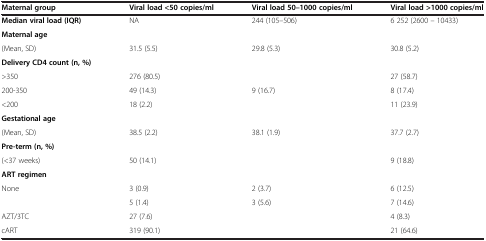
<table><thead><tr><td><b>Maternal group</b></td><td><b>Viral load &lt;50 copies/ml</b></td><td><b>Viral load 50–1000 copies/ml</b></td><td><b>Viral load &gt;1000 copies/ml</b></td></tr></thead><tbody><tr><td><b>Median viral load </b><b>(IQR)</b></td><td>NA</td><td>244 (105–506)</td><td>6 252 (2600 – 10433)</td></tr><tr><td><b>Maternal age</b></td><td>[EMPTY_CELL]</td><td>[EMPTY_CELL]</td><td>[EMPTY_CELL]</td></tr><tr><td>(Mean, SD)</td><td>31.5 (5.5)</td><td>29.8 (5.3)</td><td>30.8 (5.2)</td></tr><tr><td><b>Delivery CD4 count (n, %)</b></td><td>[EMPTY_CELL]</td><td>[EMPTY_CELL]</td><td>[EMPTY_CELL]</td></tr><tr><td>&gt;350</td><td>276 (80.5)</td><td>[EMPTY_CELL]</td><td>27 (58.7)</td></tr><tr><td>200-350</td><td>49 (14.3)</td><td>9 (16.7)</td><td>8 (17.4)</td></tr><tr><td>&lt;200</td><td>18 (2.2)</td><td>[EMPTY_CELL]</td><td>11 (23.9)</td></tr><tr><td><b>Gestational age</b></td><td>[EMPTY_CELL]</td><td>[EMPTY_CELL]</td><td>[EMPTY_CELL]</td></tr><tr><td>(Mean, SD)</td><td>38.5 (2.2)</td><td>38.1 (1.9)</td><td>37.7 (2.7)</td></tr><tr><td><b>Pre-term (n, %)</b></td><td>[EMPTY_CELL]</td><td>[EMPTY_CELL]</td><td>[EMPTY_CELL]</td></tr><tr><td>(&lt;37 weeks)</td><td>50 (14.1)</td><td>[EMPTY_CELL]</td><td>9 (18.8)</td></tr><tr><td><b>ART regimen</b></td><td>[EMPTY_CELL]</td><td>[EMPTY_CELL]</td><td>[EMPTY_CELL]</td></tr><tr><td>None</td><td>3 (0.9)</td><td>2 (3.7)</td><td>6 (12.5)</td></tr><tr><td>[EMPTY_CELL]</td><td>5 (1.4)</td><td>3 (5.6)</td><td>7 (14.6)</td></tr><tr><td>AZT/3TC</td><td>27 (7.6)</td><td>[EMPTY_CELL]</td><td>4 (8.3)</td></tr><tr><td>cART</td><td>319 (90.1)</td><td>[EMPTY_CELL]</td><td>21 (64.6)</td></tr></tbody></table>